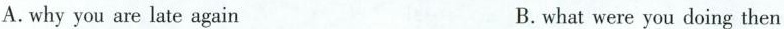
A.why you are late again B. what were you doing then